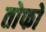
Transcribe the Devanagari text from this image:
तोफो